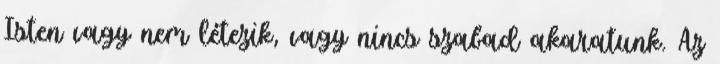
Isten vagy nem létezik, vagy nincs szabad akaratunk. Az